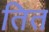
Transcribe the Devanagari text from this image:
तित